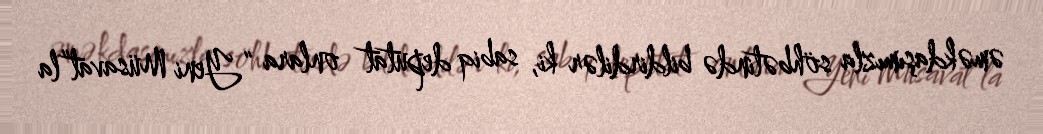
əməkdaşımızla söhbətində bildirdilər ki, sabiq deputat onlara “Yeni Müsavat”la